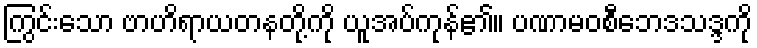
ကြွင်းသော ဗာဟိရာယတနတို့ကို ယူအပ်ကုန်၏။ ပဏာမဝစီဘေဒသဒ္ဒကို